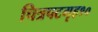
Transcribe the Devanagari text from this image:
चित्रपटगृह१०